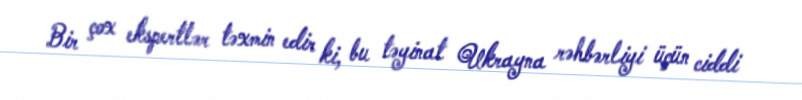
Bir çox ekspertlər təxmin edir ki, bu təyinat Ukrayna rəhbərliyi üçün ciddi